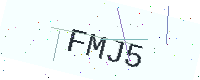
Text: FMJ5